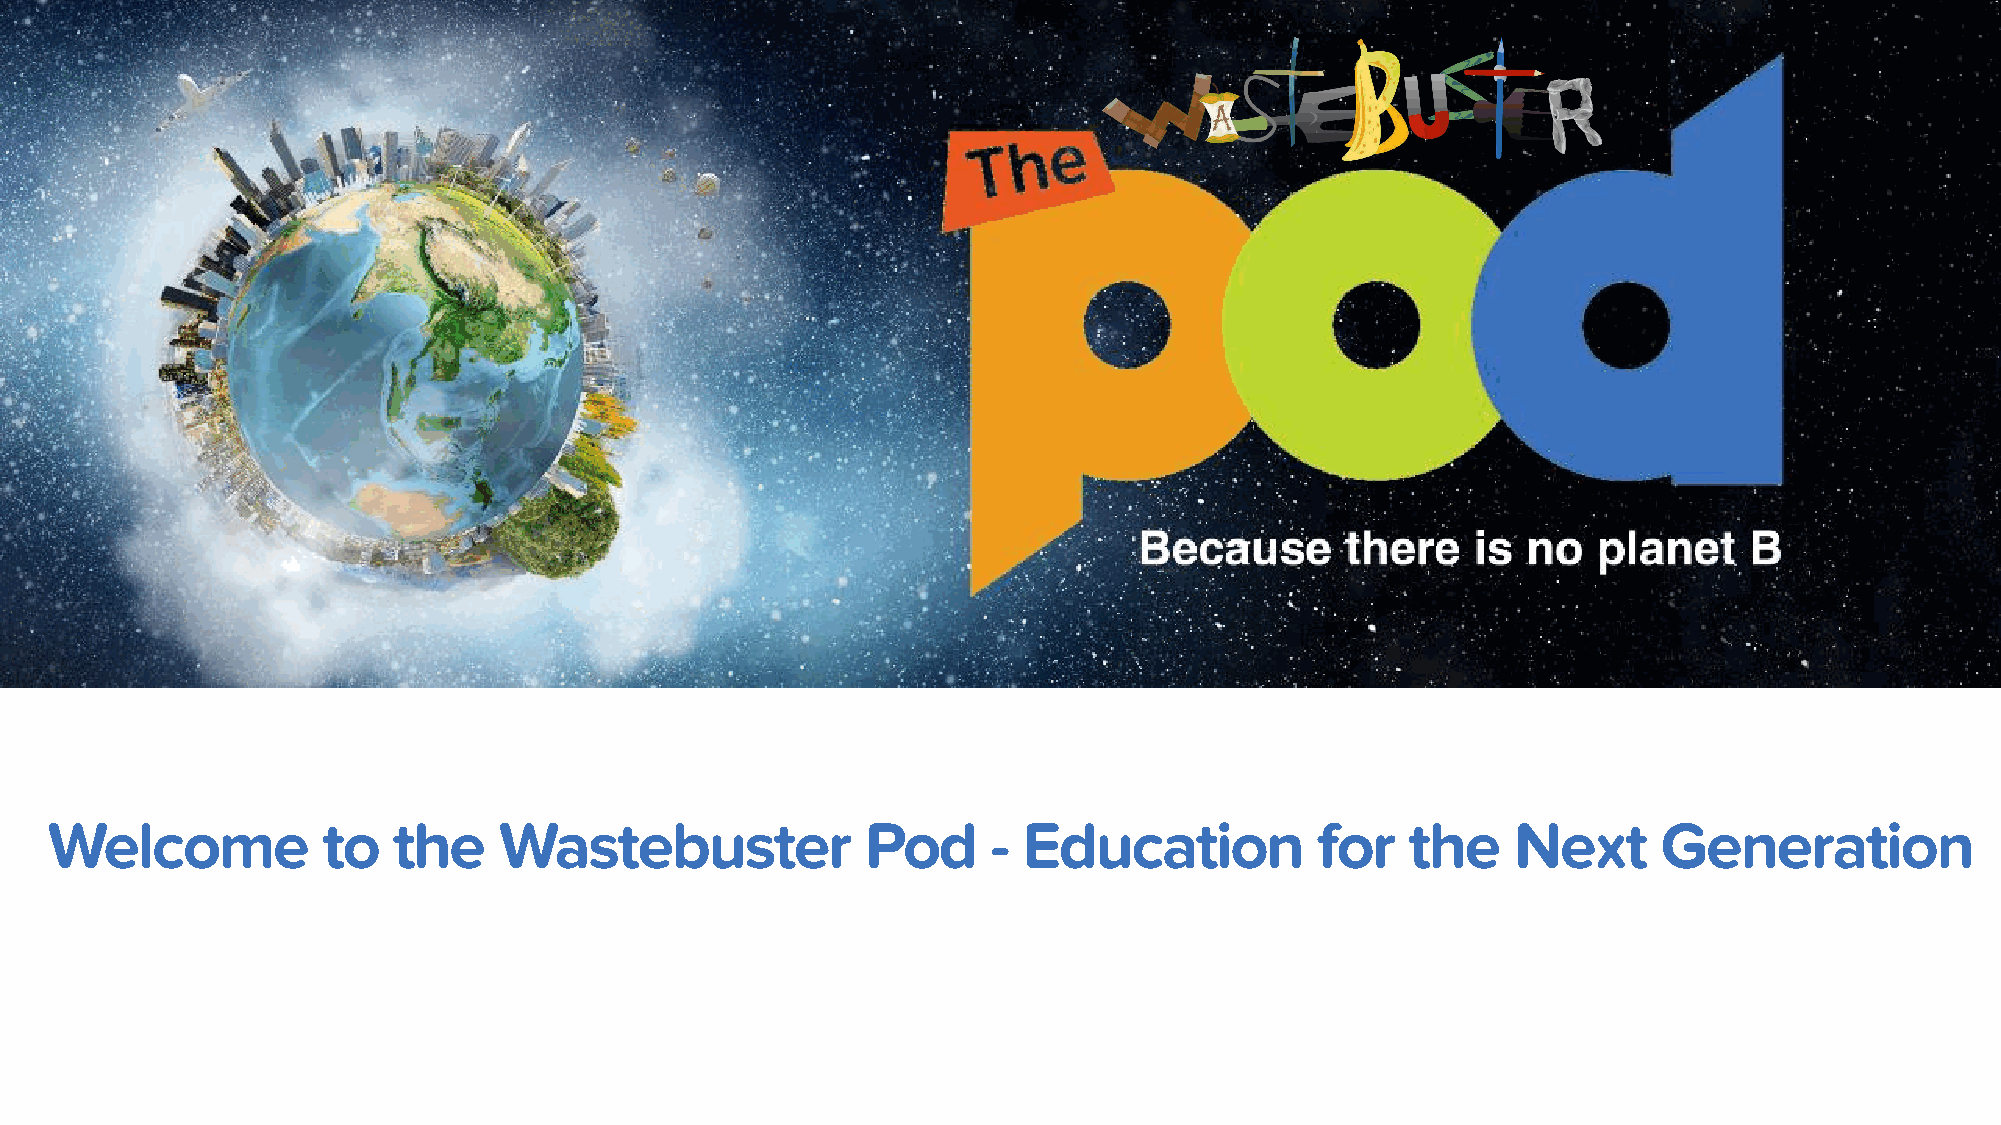
Welcome           to   the    Wastebuster             Pod      - Education          for   the    Next      Generation
 The  Benefits